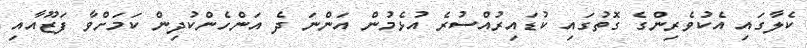
ކެލާގައި އެކުވެރިންގެ ގޮތުގައި ކުޑައިރުއްސުރެ އުޅެމުން އަންނަ ދެ އަންހެންކުދިން ކަމަށްވާ ފަޒޫއާއި